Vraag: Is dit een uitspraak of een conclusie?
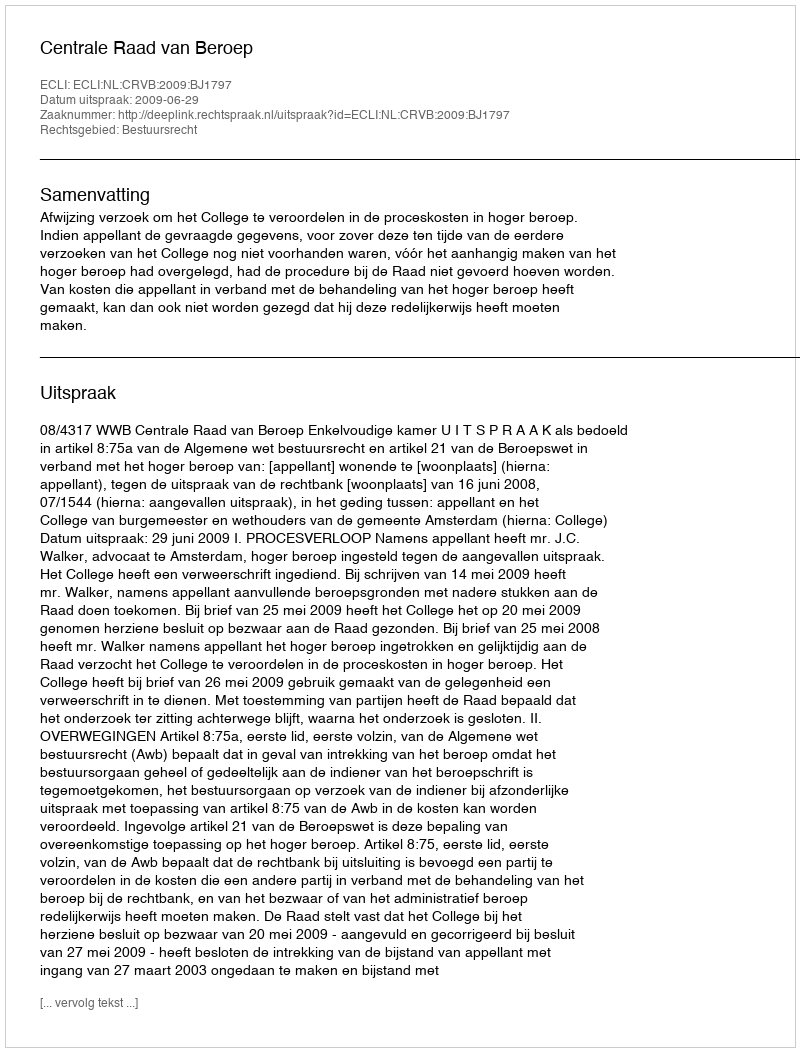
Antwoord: Uitspraak